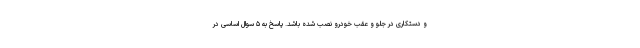
و دستکاری در جلو و عقب خودرو نصب شده باشد. پاسخ به ۵ سوال اساسی در